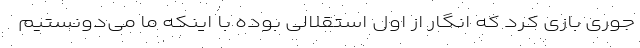
جوری بازی کرد که انگار از اول استقلالی بوده با اینکه ما می‌دونستیم